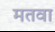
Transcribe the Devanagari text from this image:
मतवा